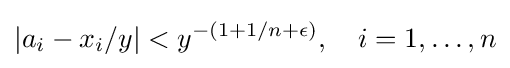
|a_{i}-x_{i}/y|<y^{-(1+1/n+\epsilon )},\quad i=1,\ldots ,n